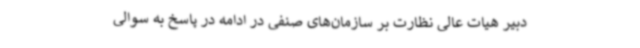
دبیر هیات عالی نظارت بر سازمان‌های صنفی در ادامه در پاسخ به سوالی